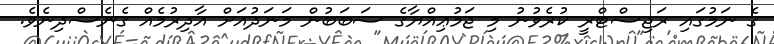
ގެ ނަމުގައި ރަޖިސްޓްރީ ކުރެވުނު މި ޖަމުޢިއްޔާގެ ސަބަބުން މަނަދުއަށް އާދިރުމެއް ގެނެސްދިނެވެ.